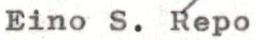
Eino S. Repo